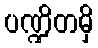
ပဏ္ဍိတမှိ